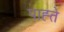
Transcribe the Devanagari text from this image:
पाह्ते